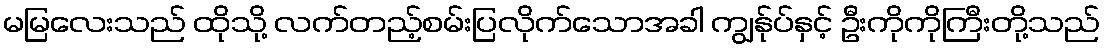
မမြလေးသည် ထိုသို့ လက်တည့်စမ်းပြလိုက်သောအခါ ကျွန်ုပ်နှင့် ဦးကိုကိုကြီးတို့သည်